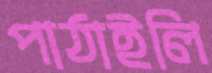
পাঠাইলি